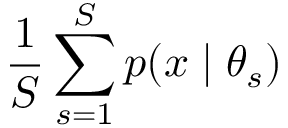
\frac { 1 } { S } \sum _ { s = 1 } ^ { S } p ( x \mid \theta _ { s } )